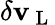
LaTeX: \delta\mathbf{v}_{\mathrm{{~L~}}}